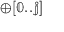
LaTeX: \mathbb { \oplus [ 0 . . j ] }